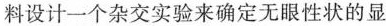
料设计一个杂交实验来确定无眼性状的显